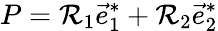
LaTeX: P=\mathcal{R}_{1}\vec{{e}}_{1}^{*}+\mathcal{R}_{2}\vec{{e}}_{2}^{*}